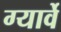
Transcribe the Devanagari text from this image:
ग्यार्वे